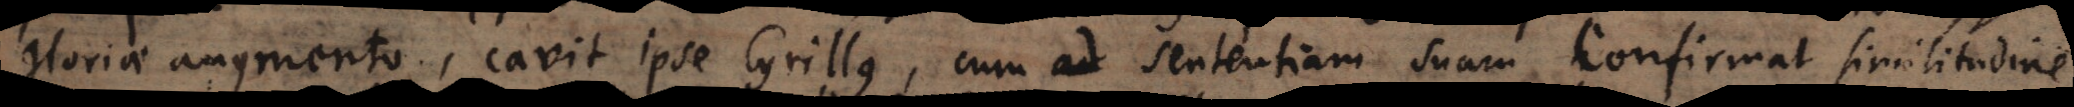
gloriae augmento, cavit ipse Cyrillus, cum sententiam suam confirmat similitudine